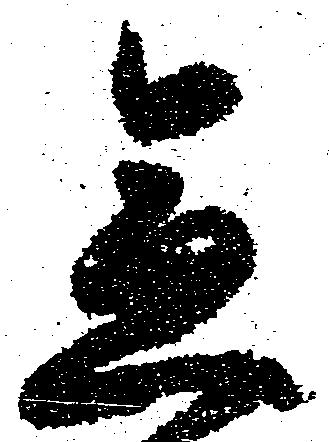
急